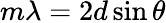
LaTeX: m\lambda=2d\sin\theta